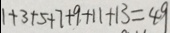
1 + 3 + 5 + 7 + 9 + 1 1 + 1 3 = 4 9